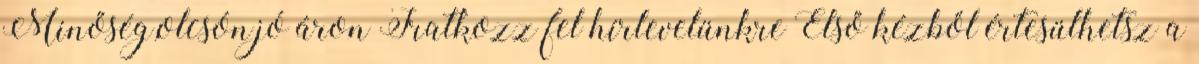
Minőség,olcsón,jó áron Iratkozz fel hírlevelünkre Első kézből értesülhetsz a